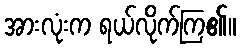
အားလုံးက ရယ်လိုက်ကြ၏။